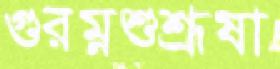
গুরম্নশুশ্রূষা